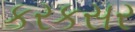
કરકસર